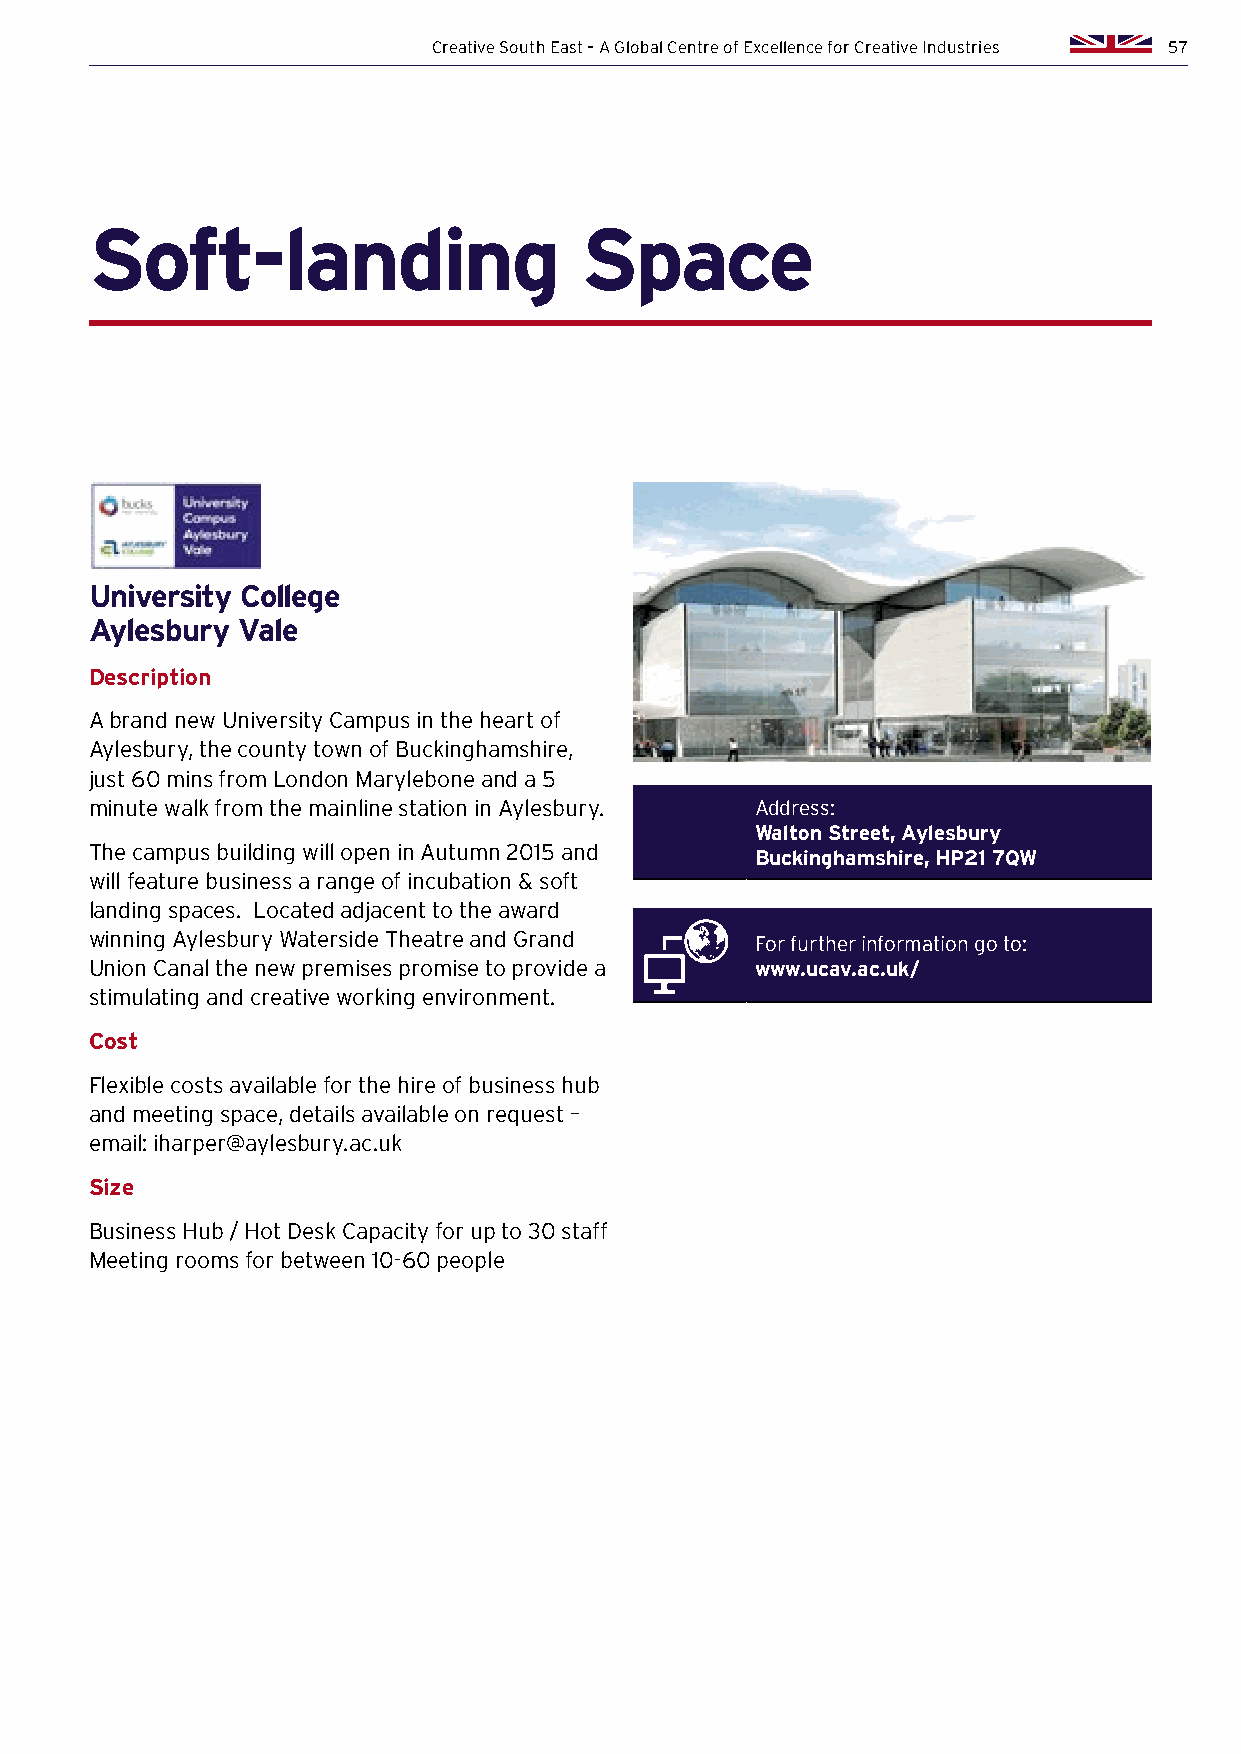
Creative South East – A Global Centre of Excellence for Creative Industries 57
 Soft-landing                    Space
 University College
 Aylesbury Vale
 Description
 A brand new University Campus in the heart of
 Aylesbury, the county town of Buckinghamshire,
 just 60 mins from London Marylebone and a 5
 minute walk from the mainline station in Aylesbury. Address:
 Walton Street, Aylesbury
 The campus building will open in Autumn 2015 and
 Buckinghamshire, HP21 7QW
 will feature business a range of incubation & soft
 landing spaces. Located adjacent to the award
 winning Aylesbury Waterside Theatre and Grand For further information go to:
 Union Canal the new premises promise to provide a www.ucav.ac.uk/
 stimulating and creative working environment.
 Cost
 Flexible costs available for the hire of business hub
 and meeting space, details available on request –
 email: iharper@aylesbury.ac.uk
 Size
 Business Hub / Hot Desk Capacity for up to 30 staff
 Meeting rooms for between 10-60 people